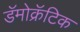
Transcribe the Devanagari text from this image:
डॅमोक्रॅटिक